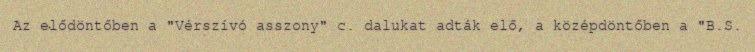
Az elődöntőben a "Vérszívó asszony" c. dalukat adták elő, a középdöntőben a "B.S.